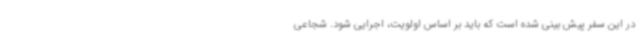
در این سفر پیش بینی شده است که باید بر اساس اولویت، اجرایی شود. شجاعی